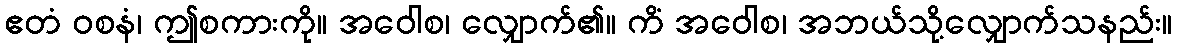
ဧတံ ဝစနံ၊ ဤစကားကို။ အဝေါစ၊ လျှောက်၏။ ကိံ အဝေါစ၊ အဘယ်သို့လျှောက်သနည်း။